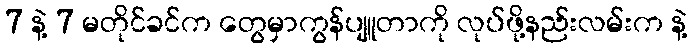
7 နဲ့ 7 မတိုင်ခင်က တွေမှာကွန်ပျူတာကို လုပ်ဖို့နည်းလမ်းက နဲ့